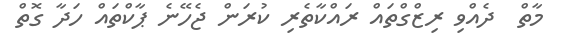
މާތް  ދެއްވި ރިޒްގްތައް ރައްކާތެރި ކުރަން ޖެހޭނެ ޕާކްތައް ހަދާ ގޮތް